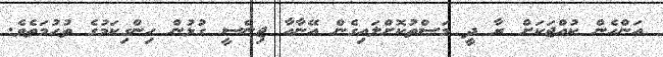
އަންހެން ކުއްޖަކަށް ރާ ދީ މަސްތުކޮށްލައިގެން އޭނާއާ ޖިންސީ ގުޅުން ހިންގިކަމުގެ ތުހުމަތެވެ.